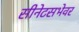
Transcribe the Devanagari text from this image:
सीनेटसभेवर